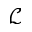
\mathcal { L }